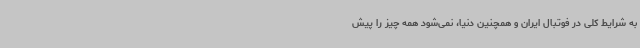
به شرایط کلی در فوتبال ایران و همچنین دنیا، نمی‌شود همه چیز را پیش